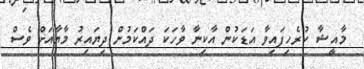
މާއީޝާ ކުރެހިފައިވާ އަޑަކުން އާކިނާ ވާހަކަ ދައްކަމުން ދިޔައިރު މާޔާއަށް ވެސް